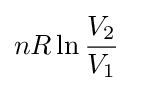
nR\ln {\frac {V_{2}}{V_{1}}}\;